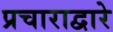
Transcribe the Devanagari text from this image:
प्रचाराद्वारे